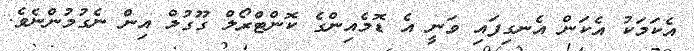
އެކަމަކު އެކަން އެނގިފައި ވަނީ އެ ޑޮމެއިންގެ ކޮންޓްރޯލް ގޫގުލް އިން ނެގުމުންނެވެ.